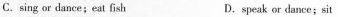
C. sing or dance;eat fish D.speak or dance;sit